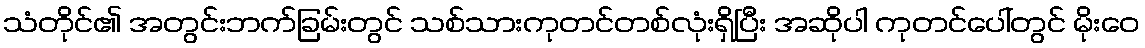
သံတိုင်၏ အတွင်းဘက်ခြမ်းတွင် သစ်သားကုတင်တစ်လုံးရှိပြီး အဆိုပါ ကုတင်ပေါ်တွင် မိုးဝေ